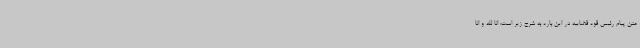
متن پیام رئیس قوه قضاییه در این باره به شرح زیر است: انا لله و انا